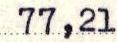
77,21